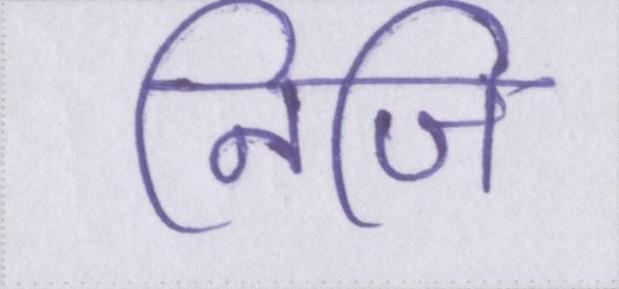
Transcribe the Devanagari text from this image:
निजि